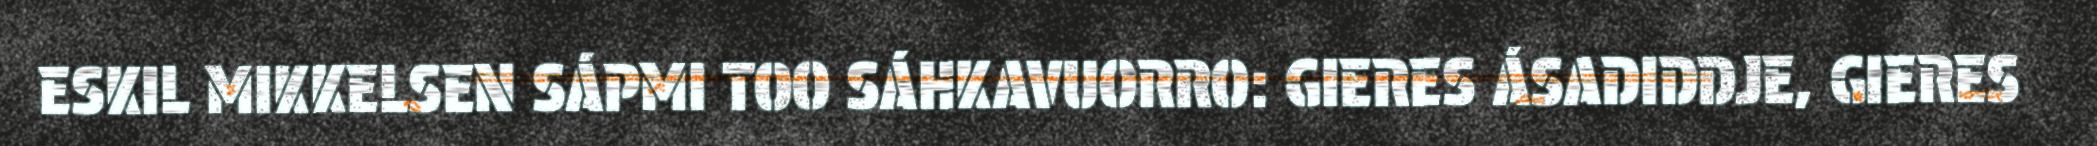
ESKIL MIKKELSEN SÁPMI TOO SÁHKAVUORRO: GIERES ÁSADIDDJE, GIERES